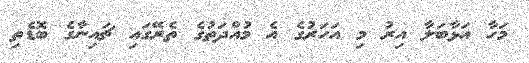
މަހާ އަޅާބަލާ އިރު މި އަހަރުގެ އެ މުއްދަތުގެ ތެރޭގައި ޗައިނާގެ ބޮޑެތި